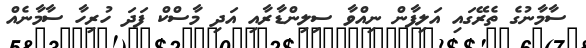
ސާމާނުގެ ތެރޭގައި އަލިފާން ނިއްވާ ސިލިންޑާރާއި އަދި މާސްކް ފަދަ ހުރިހާ ސާމާނެއް